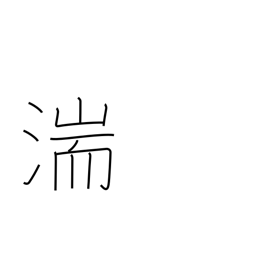
Meaning: rapids